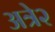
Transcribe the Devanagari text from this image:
अत्रे२